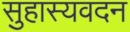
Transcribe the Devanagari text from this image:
सुहास्यवदन